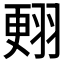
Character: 𦑃